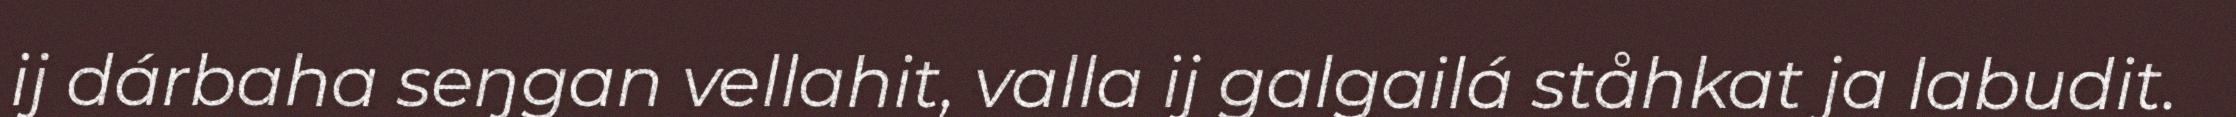
ij dárbaha seŋgan vellahit, valla ij galgailá ståhkat ja labudit.